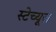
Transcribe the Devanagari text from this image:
स्टेच्यूज़